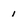
Character: 1